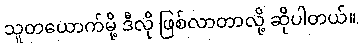
သူတယောက်မို့ ဒီလို ဖြစ်လာတာလို့ ဆိုပါတယ်။